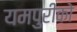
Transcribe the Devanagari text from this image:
यमपुरीको